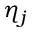
\eta _ { j }